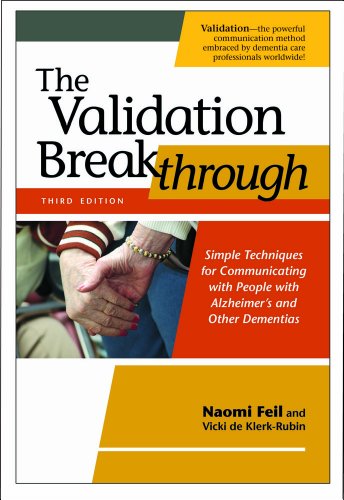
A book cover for The Validation Breakthrough, Third Edition; Naomi Feil M.S.W.; Parenting & Relationships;